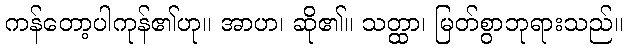
ကန်တော့ပါကုန်၏ဟု။ အာဟ၊ ဆို၏။ သတ္ထာ၊ မြတ်စွာဘုရားသည်။